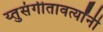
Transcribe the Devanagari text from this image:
य्तुसंगीतावर्त्यांनी